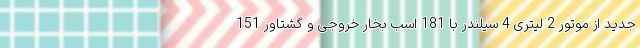
جدید از موتور 2 لیتری 4 سیلندر با 181 اسب بخار خروجی و گشتاور 151